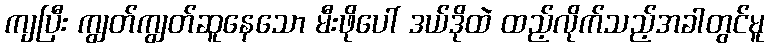
ကျပြီး ကျွတ်ကျွတ်ဆူနေသော မီးဖိုပေါ် ဒယ်ဒိုထဲ ထည့်လိုက်သည့်အခါတွင်မူ